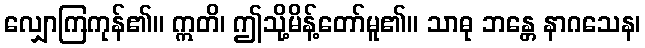
လျှောကြကုန်၏။ ဣတိ၊ ဤသို့မိန့်တော်မူ၏။ သာဓု ဘန္တေ နာဂသေန၊